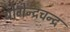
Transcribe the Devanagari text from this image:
योगेन्द्रचन्द्र